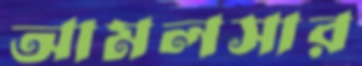
আমলসার